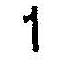
1